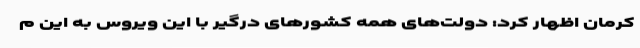
کرمان اظهار کرد: دولت‌های همه کشورهای درگیر با این ویروس به این م